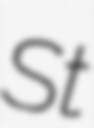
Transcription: St